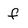
Character: f